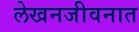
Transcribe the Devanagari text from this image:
लेखनजीवनात